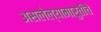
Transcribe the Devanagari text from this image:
असलेल्यामारुतीचे